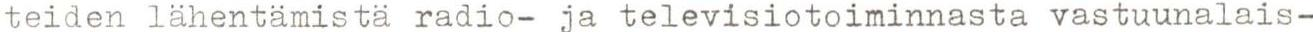
teiden lähentämistä radio- ja televisiotoiminnasta vastuunalais-